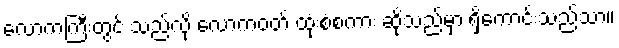
လောကကြီးတွင် သည်လို လောကဝတ် ထုံးစံစကား ဆိုသည်မှာ ရှိကောင်းသည်သာ။